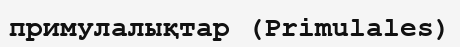
примулалықтар (Primulales)